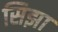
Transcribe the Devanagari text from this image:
सिझा